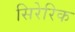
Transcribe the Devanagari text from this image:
सिरेरिक